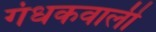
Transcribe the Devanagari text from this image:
गंधकवाली